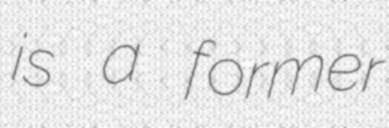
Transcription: is a former